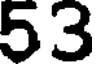
53